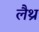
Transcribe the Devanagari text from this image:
लैथ्र